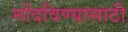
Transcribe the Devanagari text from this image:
नोंदविण्यासाठी